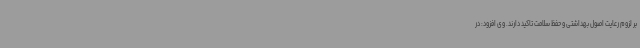
بر لزوم رعایت اصول بهداشتی و حفظ سلامت تاکید دارند. وی افزود: در